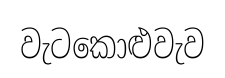
වැටකොළුවැව